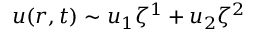
u ( r , t ) \sim u _ { 1 } \zeta ^ { 1 } + u _ { 2 } \zeta ^ { 2 }